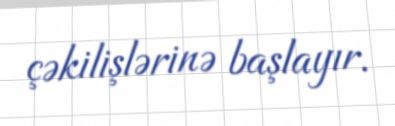
çəkilişlərinə başlayır.